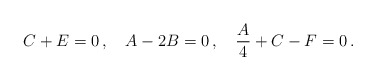
\begin{align*}C+E=0\,,\quad A-2B=0\,,\quad \frac{A}{4}+C-F=0\,.\end{align*}